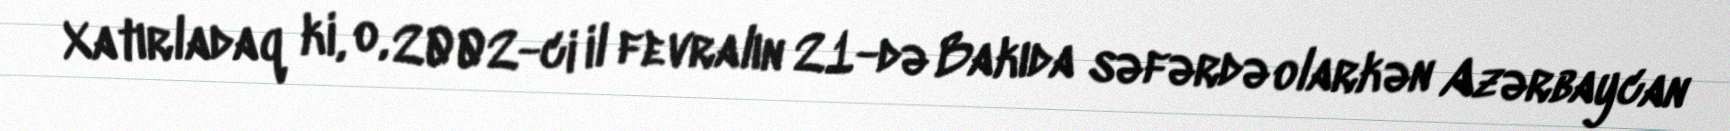
Xatırladaq ki, o, 2002-ci il fevralın 21-də Bakıda səfərdə olarkən Azərbaycan